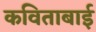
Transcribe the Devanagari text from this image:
कविताबाई